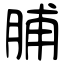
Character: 脯